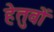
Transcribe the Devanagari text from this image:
हेतुवों